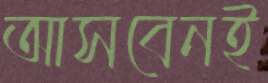
আসবেনই